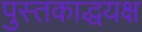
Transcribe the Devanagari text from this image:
पुस्तकाद्धयक्ष